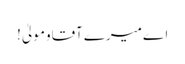
اےمیرےآقاومولیٰ!